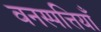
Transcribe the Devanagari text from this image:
वनस्पत्तियाँ